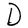
Character: D